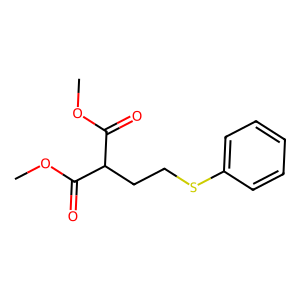
SMILES: COC(=O)C(CCSc1ccccc1)C(=O)OC
Inhibits HIV replication: No